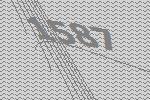
1587